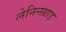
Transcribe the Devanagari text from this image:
लेनिनग्राड़